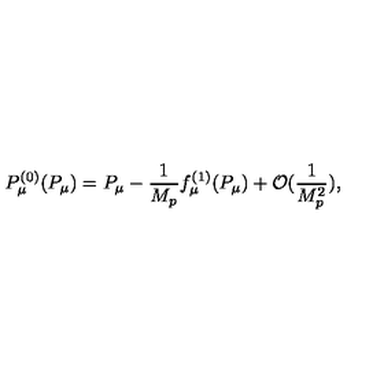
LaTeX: P _ { \mu } ^ { ( 0 ) } ( P _ { \mu } ) = P _ { \mu } - \frac { 1 } { M _ { p } } f _ { \mu } ^ { ( 1 ) } ( P _ { \mu } ) + { \cal O } ( \frac { 1 } { M _ { p } ^ { 2 } } ) ,